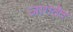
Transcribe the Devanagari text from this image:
जागदेव